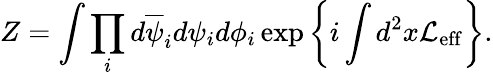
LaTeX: Z=\int\prod_{i}d\overline{{{\psi}}}_{i}d\psi_{i}d\phi_{i}\exp\left\{ i\int d^{2}x{\cal L}_{\mathrm{eff}}\right\} .